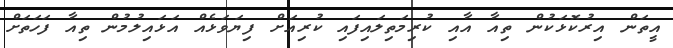
އީތަން އިރުކޮޅަކުން ތިއާ އާއި ކުރިމަތިލައިފައި ކުރިއަށް ފިޔަވަޅެއް އަޅައިލުމުން ތިއާ ފަހަތަށް